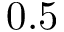
0 . 5